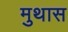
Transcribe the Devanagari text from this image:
मुथास